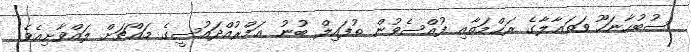
ސުބުޙާނަހޫ ވަތަޢާލާގެ ރަޙްމަތާއި ފުއްސެވުން ޠުފައިލް ބުނު ޢަމްރުއްދައުސީގެ މައްޗަށް ލައްވާށިއެވެ!